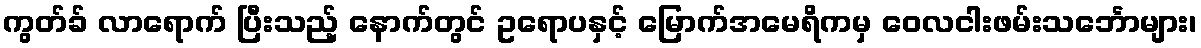
ကွတ်ခ် လာရောက် ပြီးသည့် နောက်တွင် ဥရောပနှင့် မြောက်အမေရိကမှ ဝေလငါးဖမ်းသင်္ဘောများ၊